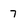
Character: 7